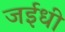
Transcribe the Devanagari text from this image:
जईधी